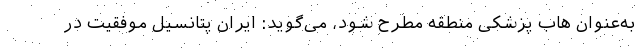
به‌عنوان هاب پزشکی منطقه مطرح شود، می‌گوید: ایران پتانسیل موفقیت در